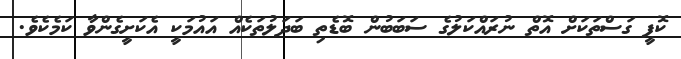
ކޮފީ ގަސްތަކަށް އޮތް ނުރައްކަލުގެ ސަބަބުން ބޮޑެތި ބަދަލުތަކެއް އައުމަކީ އެކަށީގެންވާ ކަމެކެވެ.